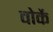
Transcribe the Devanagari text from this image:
वोर्के